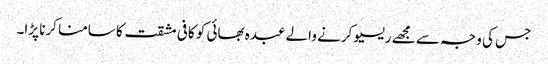
جس کی وجہ سے مجھے ریسیو کرنے والے عبدہ بھائی کو کافی مشقت کا سامنا کرنا پڑا۔